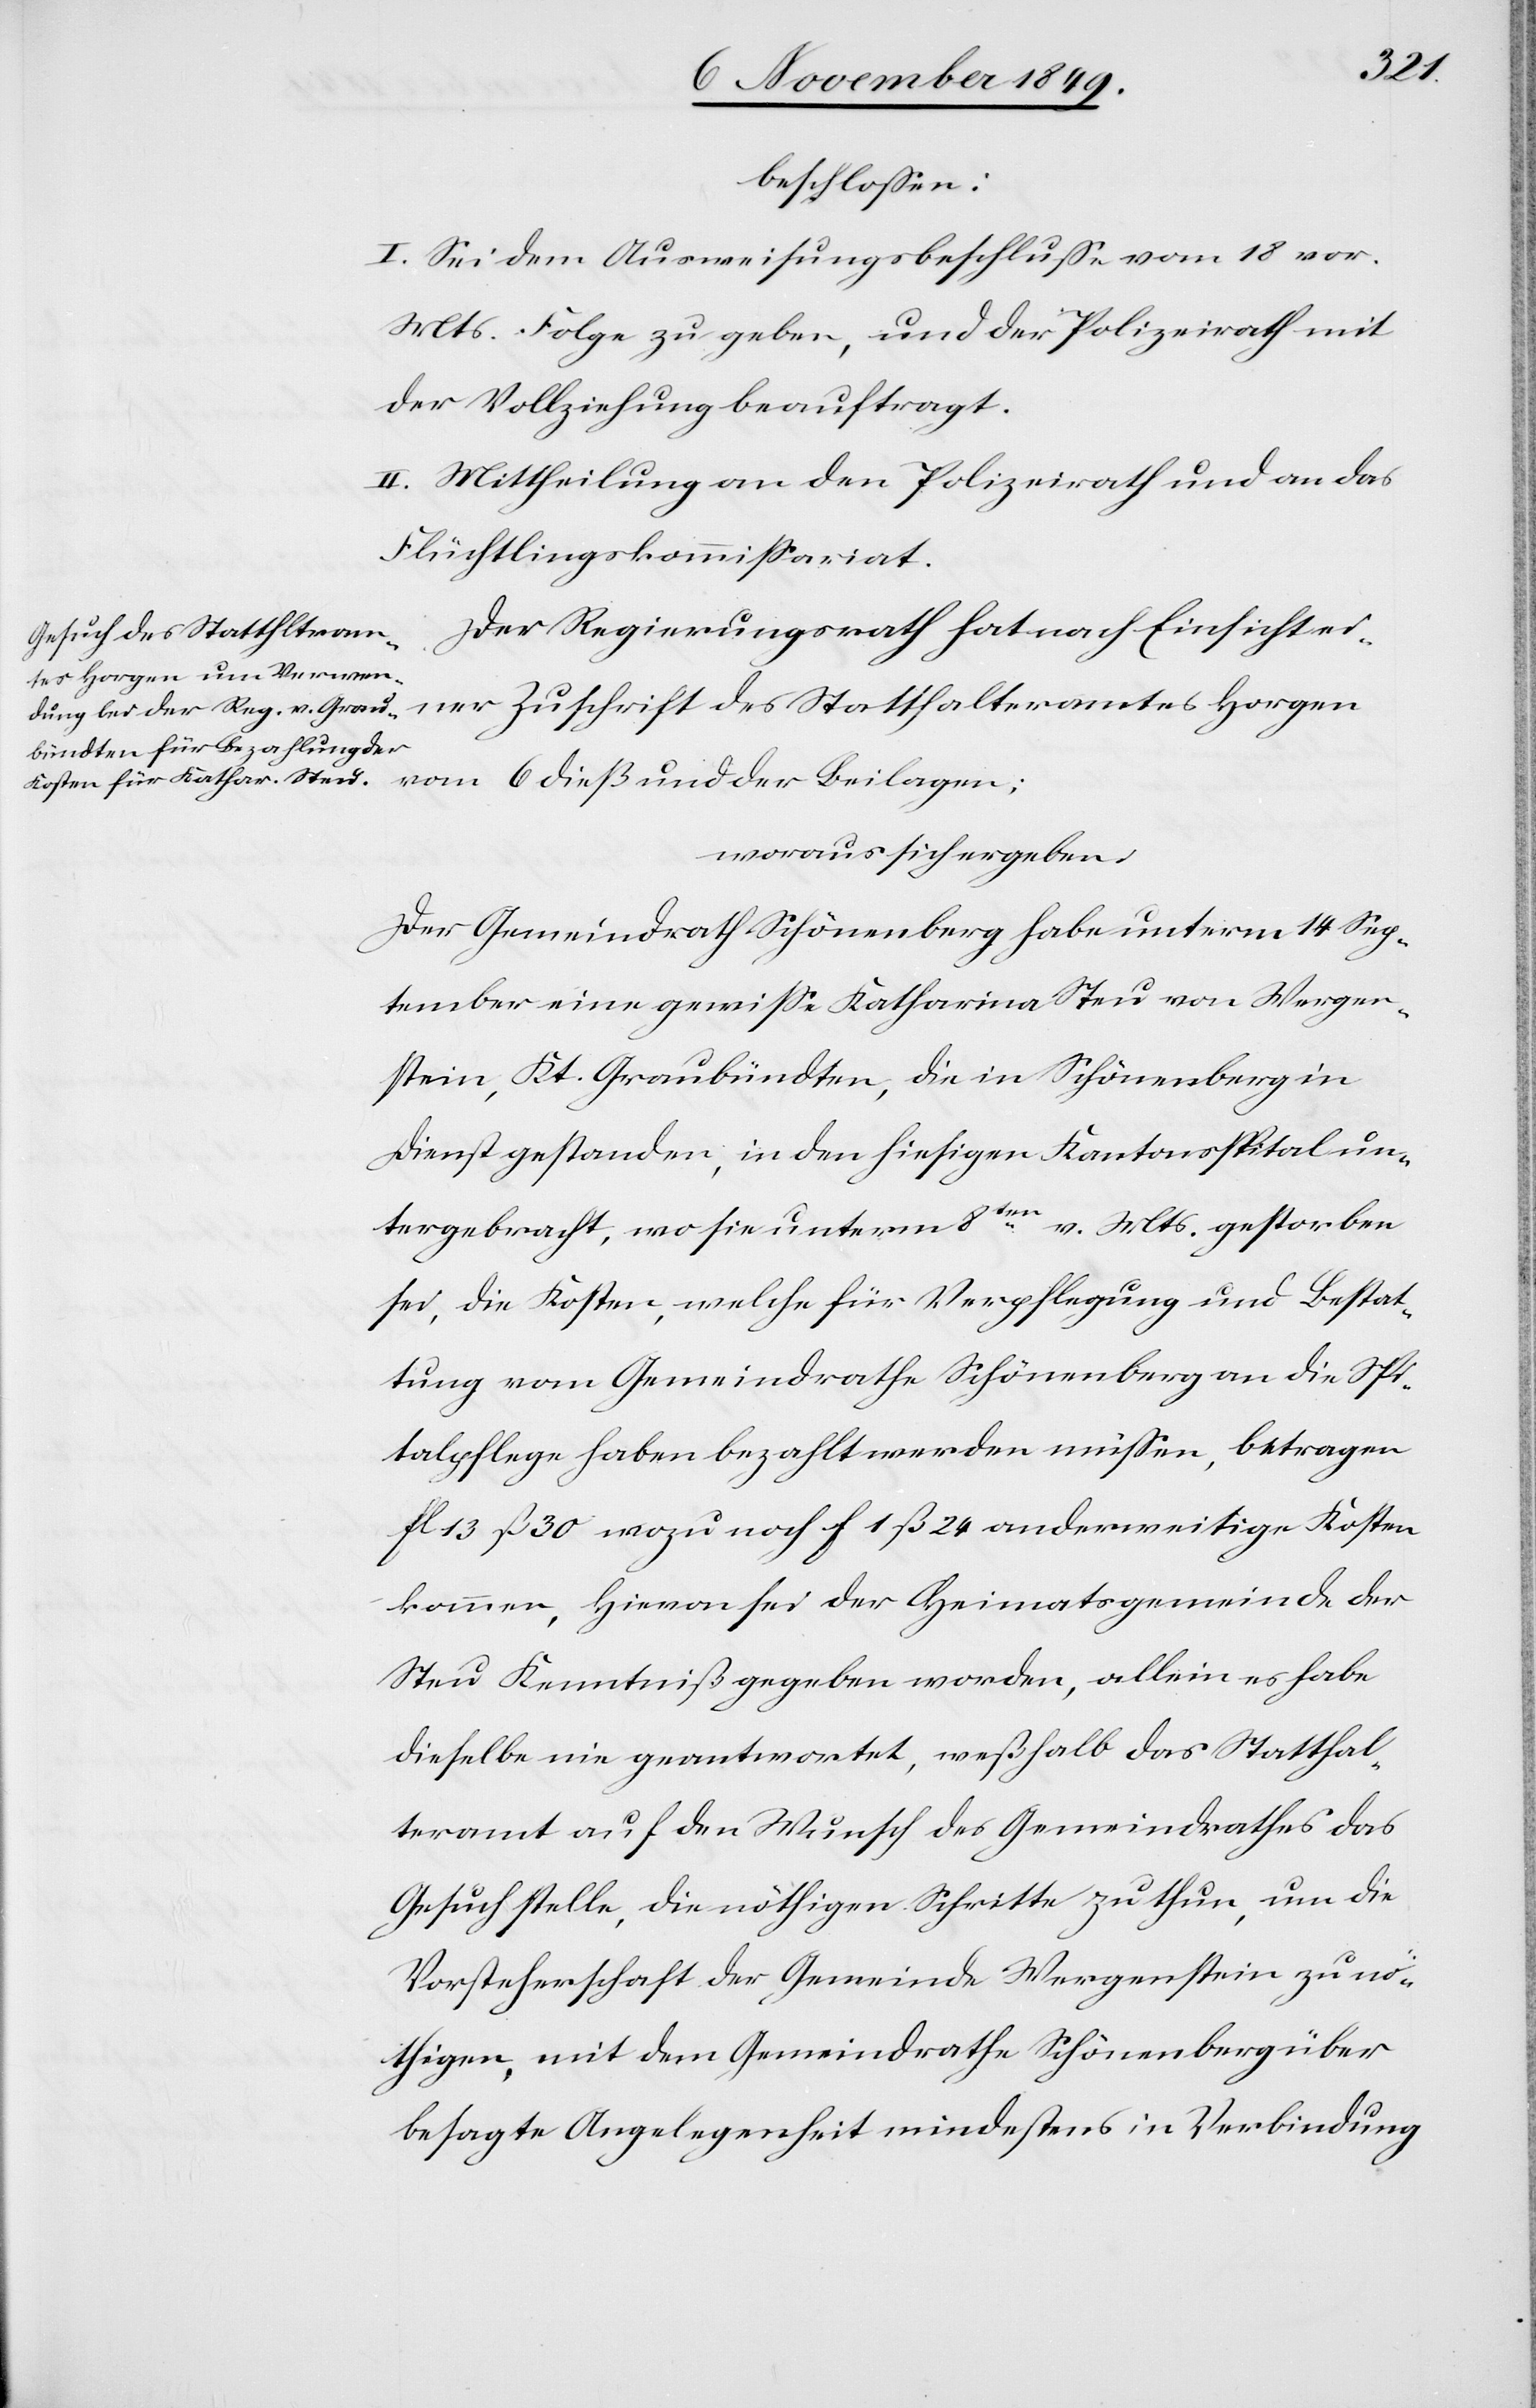
die
beschloßen:
I. Sei dem Ausweisungsbeschluße vom 18 vor.
Mts. Folge zu geben, und der Polizeirath mit
der Vollziehung beauftragt.
II. Mittheilung an den Polizeirath und an das
Flüchtlingskommißariat.
Der Regierungsrath hat nach Einsicht ei¬
ner Zuschrift des Statthalteramtes Horgen
woraus sich ergeben:
Der Gemeindrath Schönenberg habe unterm 14 Sep¬
tember eine gewiße Katharina Steu von Wergen¬
stein, Kt. Graubündten, die in Schönenberg in
Dienst gestanden, in den hiesigen Kantonsspital un¬
tergebracht, wo sie unterm 8ten v. Mts. gestorben
sei, die Kosten, welche für Verpflegung und Bestat¬
tung vom Gemeindrathe Schönenberg an die Spi¬
talpflege haben bezahlt werden müßen, betragen
fl. 13 ß 30 wozu noch f 1 ß 24 anderweitige Kosten
kommen, hievon sei der Heimatsgemeinde der
Steu Kenntniß gegeben worden, allein es habe
dieselbe nie geantwortet, weßhalb das Statthal¬
teramt auf den Wunsch des Gemeindrathes das
Gesuch stelle, die nöthigen Schritte zu thun, um die
Vorsteherschaft der Gemeinde Wergenstein zu nö¬
thigen, mit dem Gemeindrathe Schönenberg über
besagte Angelegenheit mindestens in Verbindung